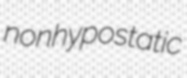
nonhypostatic